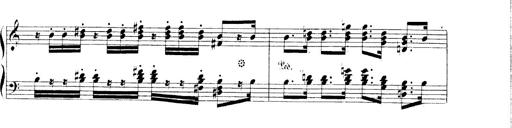
Title: 3 Chansons
Composer: Franz Liszt